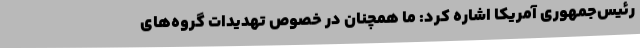
رئیس‌جمهوری آمریکا اشاره کرد: ما همچنان در خصوص تهدیدات گروه‌های